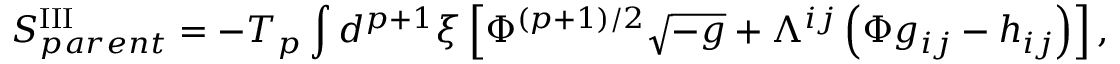
S _ { p a r e n t } ^ { \mathrm { I I I } } = - T _ { p } \int d ^ { p + 1 } { \xi } \left[ { \Phi } ^ { ( p + 1 ) / 2 } \sqrt { - g } + { \Lambda } ^ { i j } \left( { \Phi } g _ { i j } - h _ { i j } \right) \right] ,